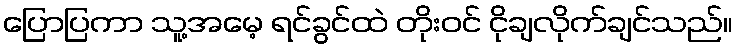
ပြောပြကာ သူ့အမေ့ ရင်ခွင်ထဲ တိုးဝင် ငိုချလိုက်ချင်သည်။